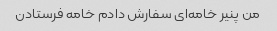
من پنیر خامه‌ای سفارش دادم خامه فرستادن